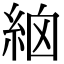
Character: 𥿳